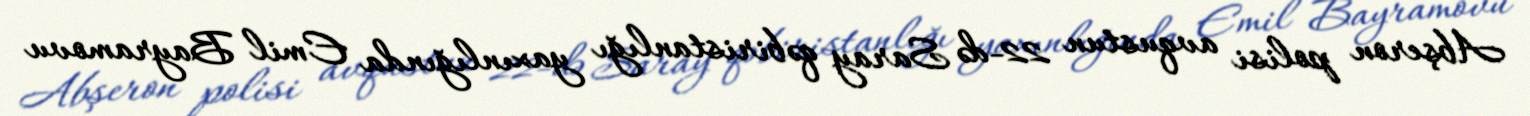
Abşeron polisi avqustun 22-də Saray qəbiristanlığı yaxınlığında Emil Bayramovu